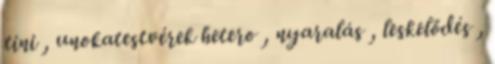
tini , unokatestvérek hetero , nyaralás , leskelődés ,